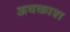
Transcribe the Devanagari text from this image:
अवकाश्‍ा